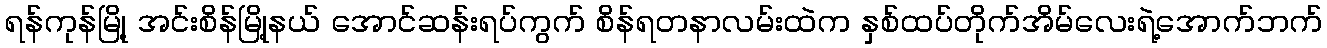
ရန်ကုန်မြို့ အင်းစိန်မြို့နယ် အောင်ဆန်းရပ်ကွက် စိန်ရတနာလမ်းထဲက နှစ်ထပ်တိုက်အိမ်လေးရဲ့အောက်ဘက်